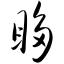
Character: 眵